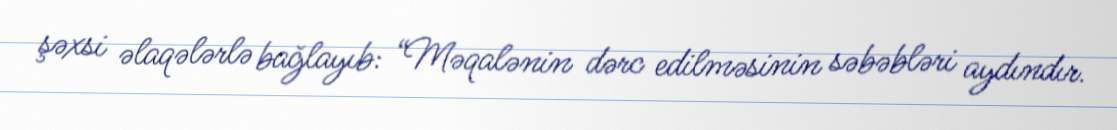
şəxsi əlaqələrlə bağlayıb: “Məqalənin dərc edilməsinin səbəbləri aydındır.